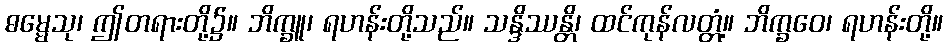
ဓမ္မေသု၊ ဤတရားတို့၌။ ဘိက္ခူ၊ ရဟန်းတို့သည်။ သန္ဒိဿန္တိ၊ ထင်ကုန်လတ္တံ့။ ဘိက္ခဝေ၊ ရဟန်းတို့။